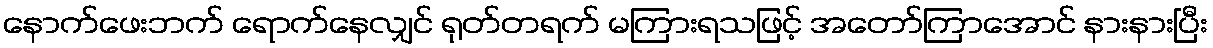
နောက်ဖေးဘက် ရောက်နေလျှင် ရုတ်တရက် မကြားရသဖြင့် အတော်ကြာအောင် နားနားပြီး